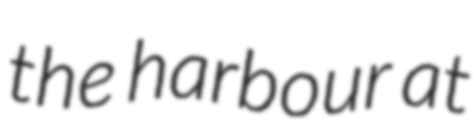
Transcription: the harbour at